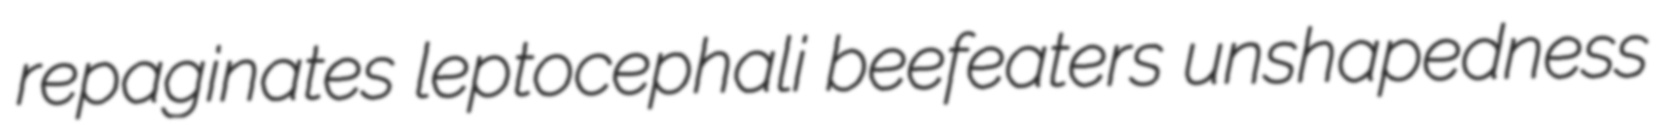
repaginates leptocephali beefeaters unshapedness